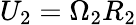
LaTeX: U_{2}=\Omega_{2}R_{2}